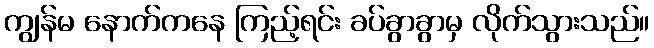
ကျွန်မ နောက်ကနေ ကြည့်ရင်း ခပ်ခွာခွာမှ လိုက်သွားသည်။